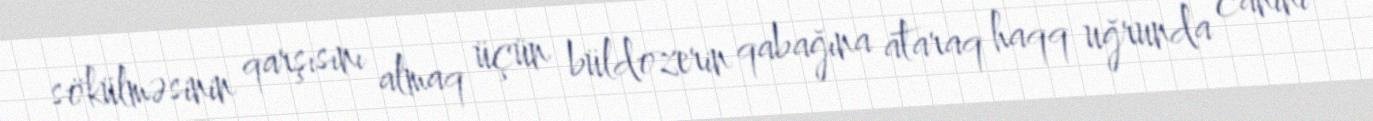
sökülməsinin qarşısını almaq üçün büldozerin qabağına ataraq haqq uğrunda canını